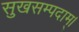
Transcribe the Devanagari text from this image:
सुखसम्पदाम्‌।